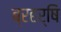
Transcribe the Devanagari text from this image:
ब्रहर्षि